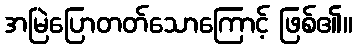
အမြဲပြောတတ်သောကြောင့် ဖြစ်၏။